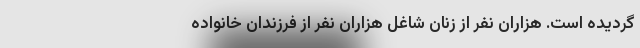
گردیده است. هزاران نفر از زنان شاغل هزاران نفر از فرزندان خانواده